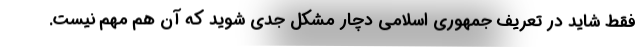
فقط شاید در تعریف جمهوری اسلامی دچار مشکل جدی شوید که آن هم مهم نیست.